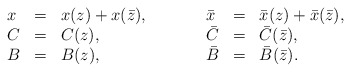
\begin{align*}\begin{array}{lclclcl}x &=& x(z) + x(\bar z),& \qquad & \bar x &=& \bar x(z) + \bar x(\bar z),\\C &=& C(z), & \qquad & \bar C &=& \bar C(\bar z), \\B &=& B(z), & \qquad & \bar B &=& \bar B(\bar z).\end{array}\end{align*}